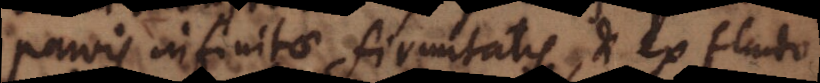
parvis infinitae firmitatis, et ex fluido